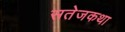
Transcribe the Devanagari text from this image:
सतेजकथा